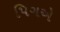
પિગએ